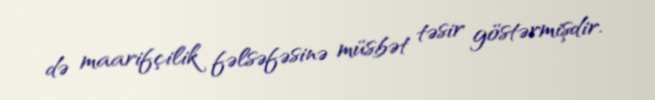
də maarifçilik fəlsəfəsinə müsbət təsir göstərmişdir.